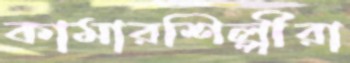
কামারশিল্পীরা